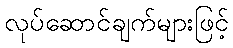
လုပ်ဆောင်ချက်များဖြင့်